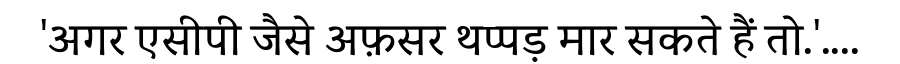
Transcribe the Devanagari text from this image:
'अगर एसीपी जैसे अफ़सर थप्पड़ मार सकते हैं तो.'....